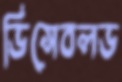
ডিসেবলড